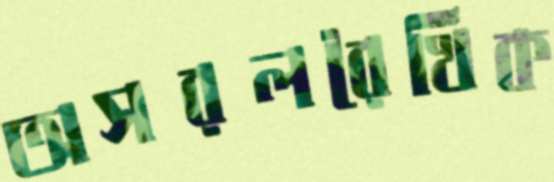
অসরলরৈখিক